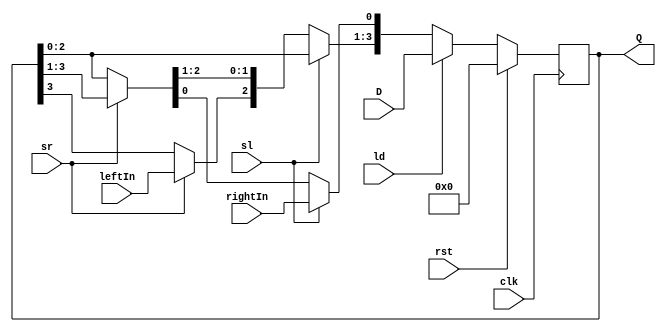
`timescale 1ns / 1ps
//////////////////////////////////////////////////////////////////////////////////
// Company: 
// Engineer: 
// 
// Design Name: 
// Module Name: shift_register
// Project Name: 
// Target Devices: 
// Tool Versions: 
// Description: 
// 
// Dependencies: 
// 
// Revision:
// Revision 0.01 - File Created
// Additional Comments:
// 
//////////////////////////////////////////////////////////////////////////////////


module shift_register #(parameter dataIN_width=4)(
    input clk, rst, sl, sr, ld, leftIn, rightIn,
    input [dataIN_width - 1 : 0] D,
    output reg [dataIN_width - 1 : 0] Q
    );

always @ (posedge clk)
begin
    if (rst)
        Q = 0;
    else if (ld)
        Q = D;
    else if (sl) // Shift Left
        begin
            Q[dataIN_width - 1 : 1] = Q[dataIN_width - 2 : 0];
            Q[0] = rightIn;
        end
    else if (sr) // Shift Right
        begin
            Q[dataIN_width - 2 : 0] = Q[dataIN_width - 1 : 1];
            Q[dataIN_width - 1] = leftIn; 
        end
    else
        Q[dataIN_width - 1 : 0] = Q[dataIN_width - 1 : 0];
end
endmodule